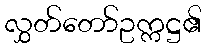
လွှတ်တော်ဥက္ကဋ္ဌ၏